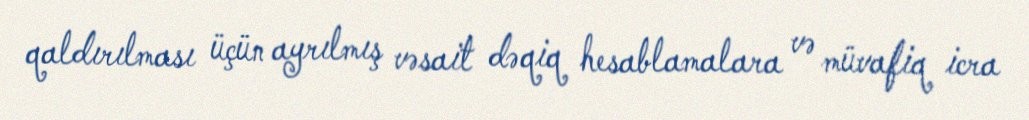
qaldırılması üçün ayrılmış vəsait dəqiq hesablamalara və müvafiq icra